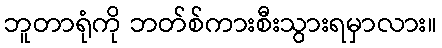
ဘူတာရုံကို ဘတ်စ်ကားစီးသွားရမှာလား။